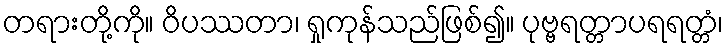
တရားတို့ကို။ ဝိပဿတာ၊ ရှုကုန်သည်ဖြစ်၍။ ပုဗ္ဗရတ္တာပရရတ္တံ၊